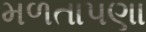
મળતાપણા